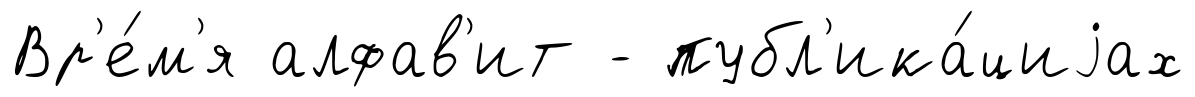
Вр'е́м'я алфав'ит - публ'ика́циjах